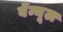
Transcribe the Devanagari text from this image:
वेंन्यूल